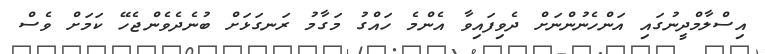
އިސްލާމްދީނުގައި އަންހެނުންނަށް ދެވިފައިވާ އެންމެ ހައްގު މަގާމު ރަނގަޅަށް ބުނެދެވެންޖެހޭ ކަމަށް ވެސް